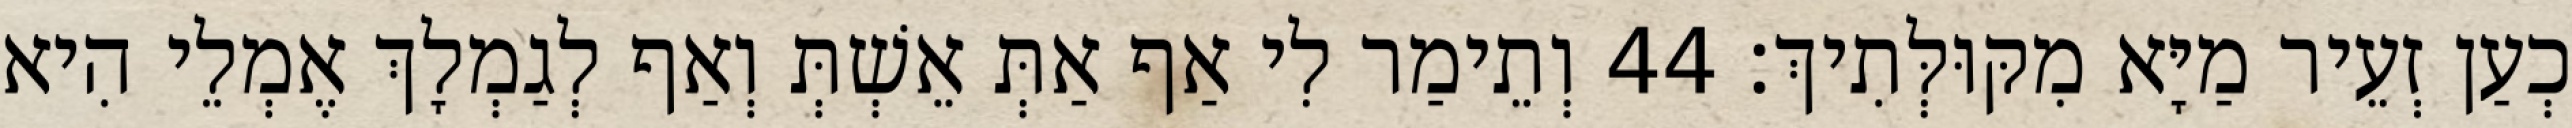
כְעַן זְעֵיר מַיָּא מִקּוּלְּתִיךְ׃ 44 וְתֵימַר לִי אַף אַתְּ אֵשְׁתְּ וְאַף לְגַמְלָךְ אֶמְלֵי הִיא